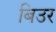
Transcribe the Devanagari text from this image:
बिउर